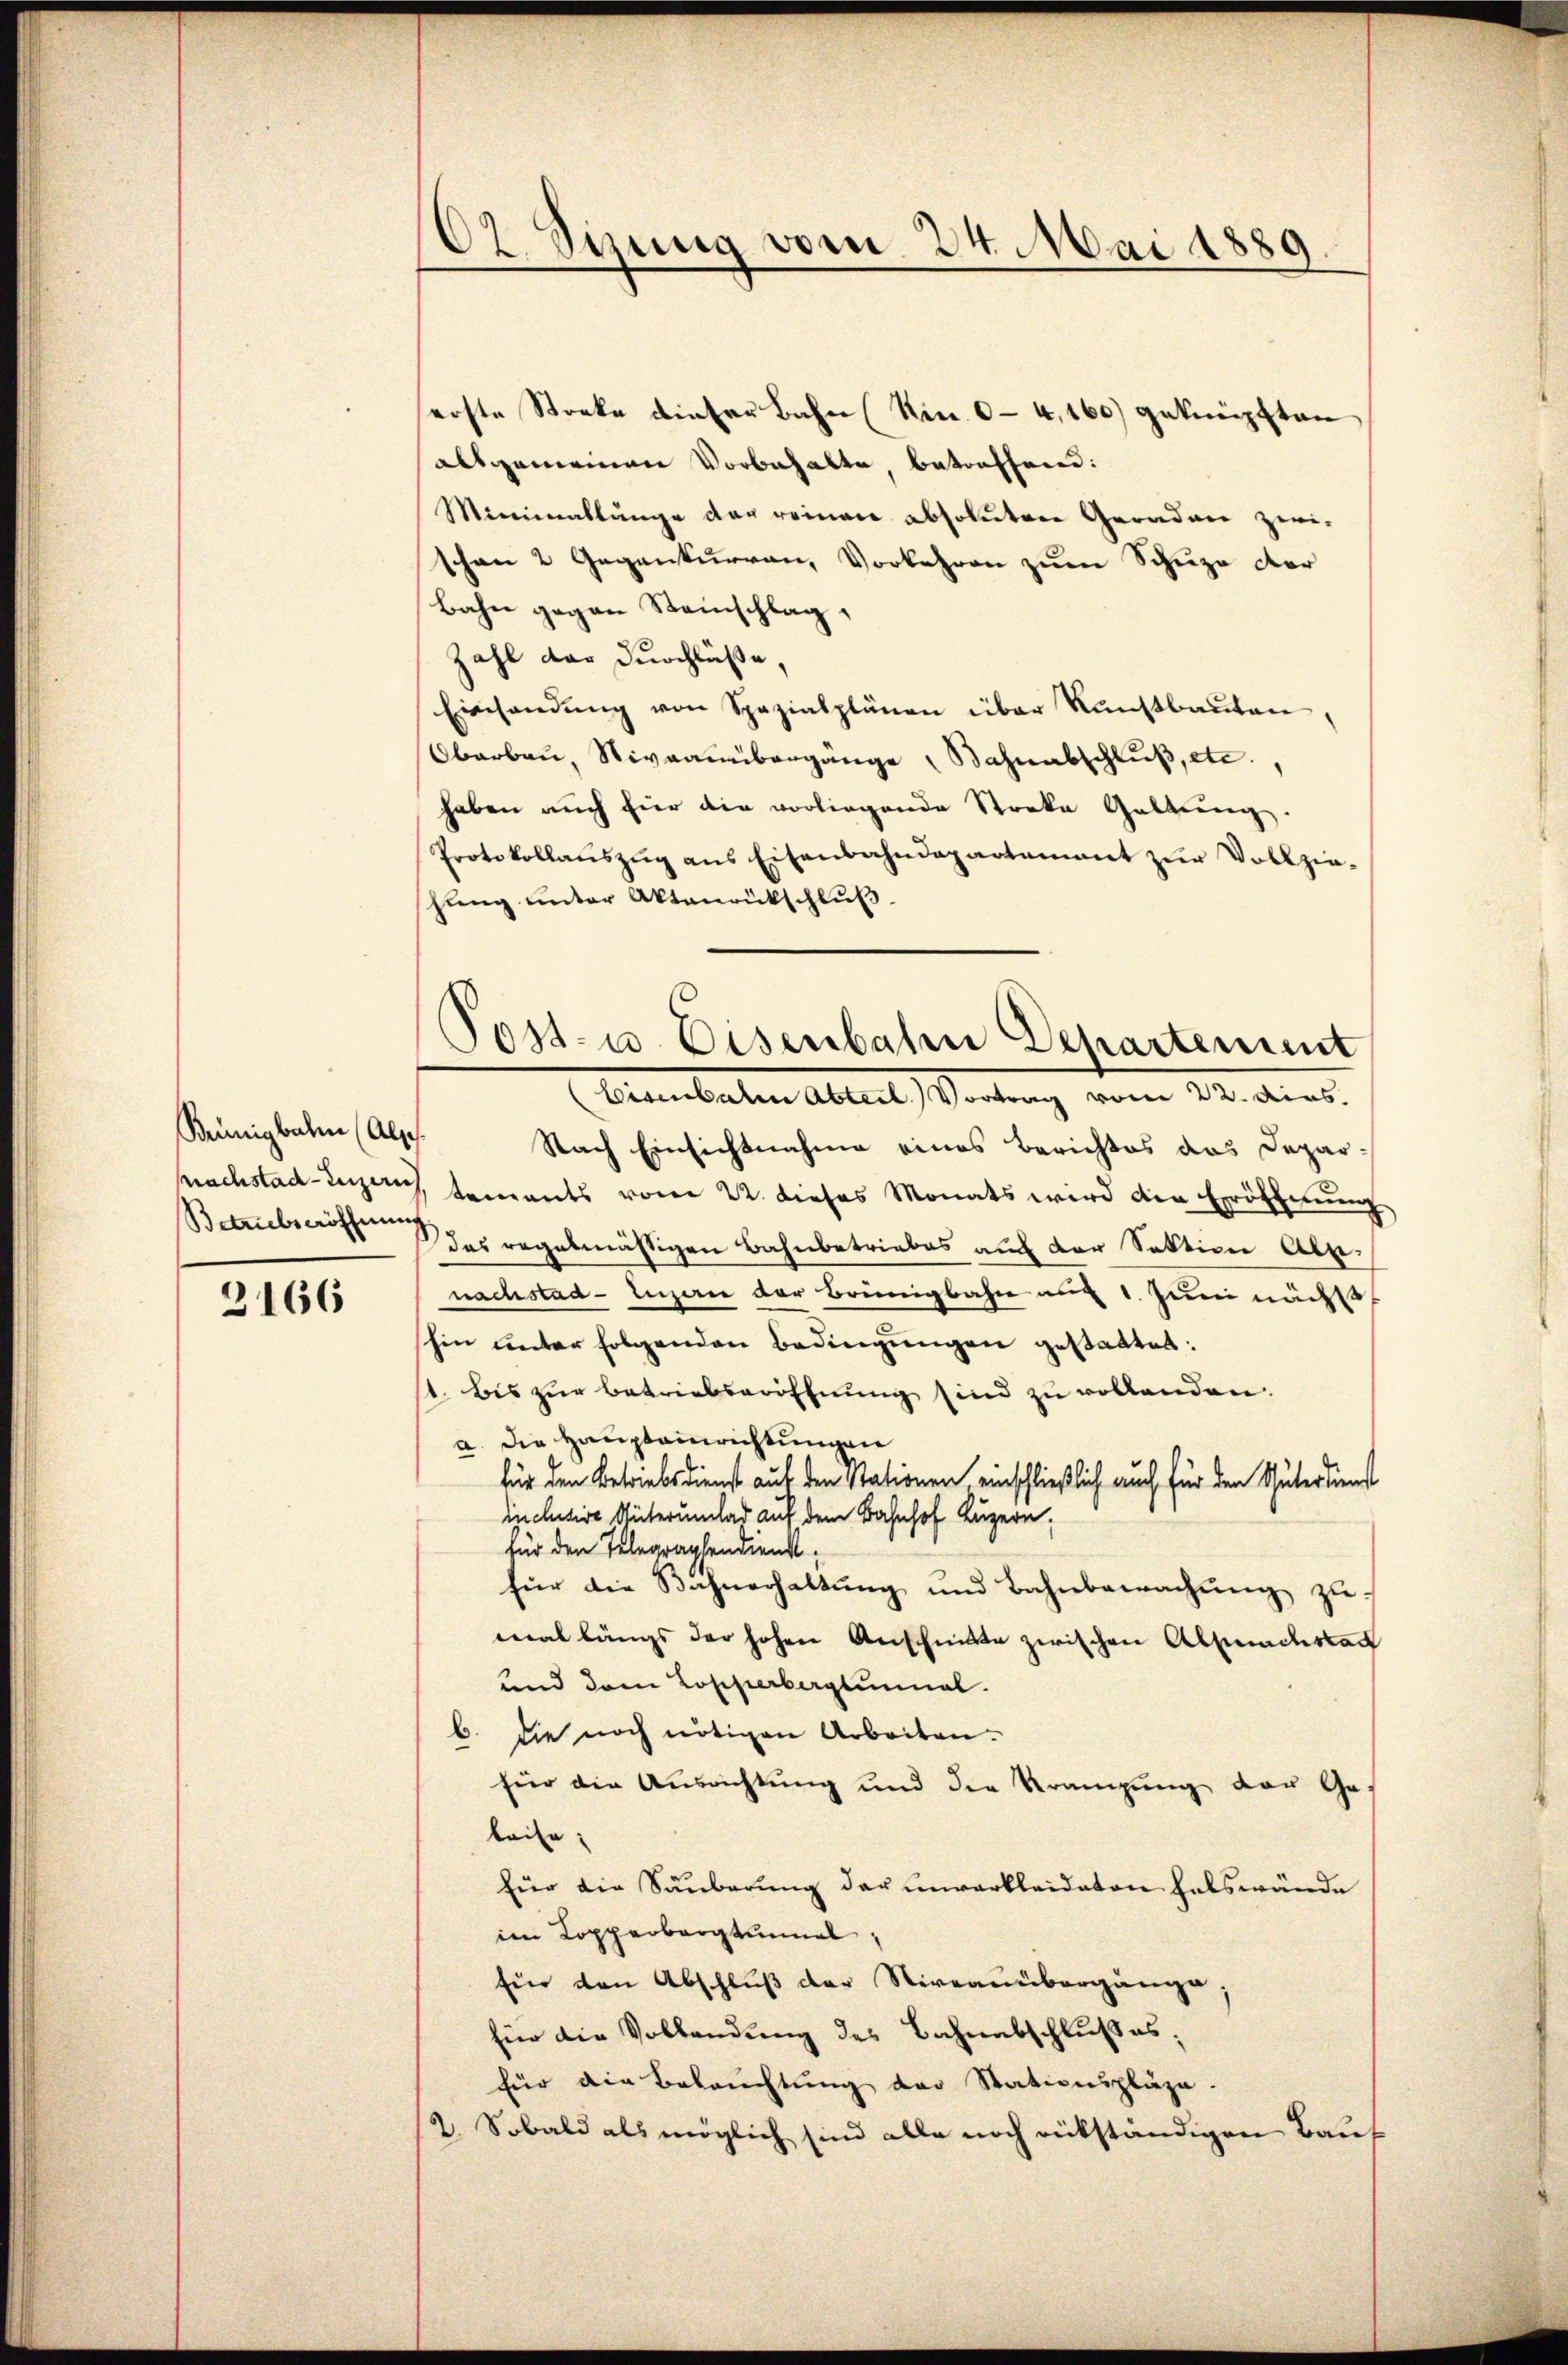
Brünigbahn (Alse
Betriebseröffnung.

2166

102 Sizung vom 24. Mai 1889

erste Stocke dieser Bahn (Nin. 0-4,160) geknüpften
alsgemeinen Vorbehalte, betreffend:
Mirienablänge der reinen absolutere Geraden zwi-
schen 2 Gegenkurren, Vorkehren zum Schuze der
Bahn gegen Steinschlag,
Zahl der Durchlüße,
Einsendung von Spazialplänen über Kunstbauten,
Oberbaŭ, Niveaubergänge Bahnabschlŭβ, etc.,
haben auch hier die vorliegende Streke Geltung.
Protokollaŭszŭg ans Eisenbahndepartement zŭr Vollzie-
shŭng ŭnter Aktenrückschlŭβ
Nach Einsichtnahme eines Berichtes das Deparachstad Luzern tements vom 22. dieses Monats wird den Eröffnung
das regelmässigen Bahnbetriebes auch der Sektion Ale-
nachstad Luzern der Brüngbahn auf 1. Juni nächs
shin unter folgenden Bedingungen gestattet:
1. bis zur Betriebseröffnung sind zu vollenden.
a. Die Haupteinrichtungen
für den Betriebsdienst auf den Stationen, einschließlich auch für den Güterdienst
inclusive Unterumlad auf dem Bahnhof Luzern,
für den Telegraphendienst
für die Bahnerhaltŭng und Bahnbewachŭng zu
mal längs der hohen Anschnitte zwischen Absendeskan
und dem Loschiebergtunnal.
b. die noch nötigen Arbeiten.
für die Ausrichtung und der Kränzŭng der Ge-
kaise
für die Säuberung der unverkleideten Halswände
im Kopperbargtinmal,
für den Abschluß der Niveauübergange
für die Vollendung des Bahnabschlußes,
für die Beleuchtung der Stationspläge.
2. Sobald als möglich sind alle noch rückständigen Bauf

Post- u. Eisenbahn Departement
Eisenbalen Abteil. Vortrag vom 22. dies